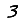
Digit: 3